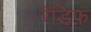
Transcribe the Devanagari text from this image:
रेडिफ़